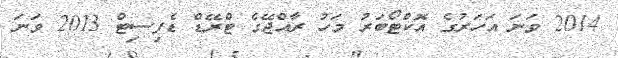
2014 ވަނަ އަހަރުގެ އޮކްޓޯބަރު މަހު ރާއްޖޭގެ ޓްރޭޑް ޑެފިސިޓް 2013 ވަނަ